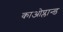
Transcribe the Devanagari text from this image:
काओप्लान्ड